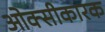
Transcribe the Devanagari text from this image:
ओक्सीकारक